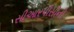
સીઆરપીસીની